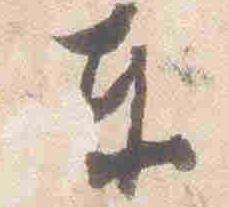
東